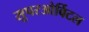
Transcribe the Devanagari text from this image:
सुपरओर्बिटल